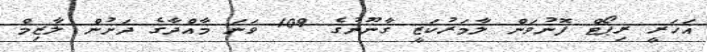
އަހަރީ ރިޕޯޓް ފޮނުވަން ލާމަރުކަޒީ ގާނޫނުގެ 109 ވަނަ މާއްދާގެ ދަށުން ލާޒިމް